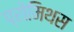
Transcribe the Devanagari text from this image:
प्रोमिथस